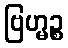
ဗြဟ္မဉ္စ